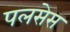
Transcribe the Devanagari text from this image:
पलसेस